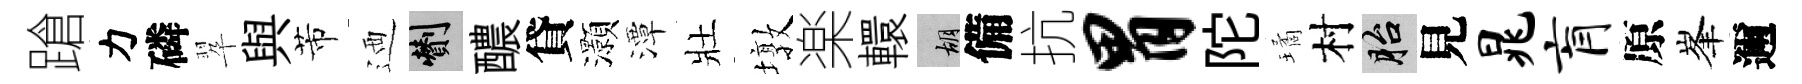
蹌力磷翆與芾迺剪醲貸灝潭壯墩楽轘胡備抗胃陀璚村胎見晁肓原峯邇